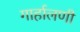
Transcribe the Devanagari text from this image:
गार्हालणी